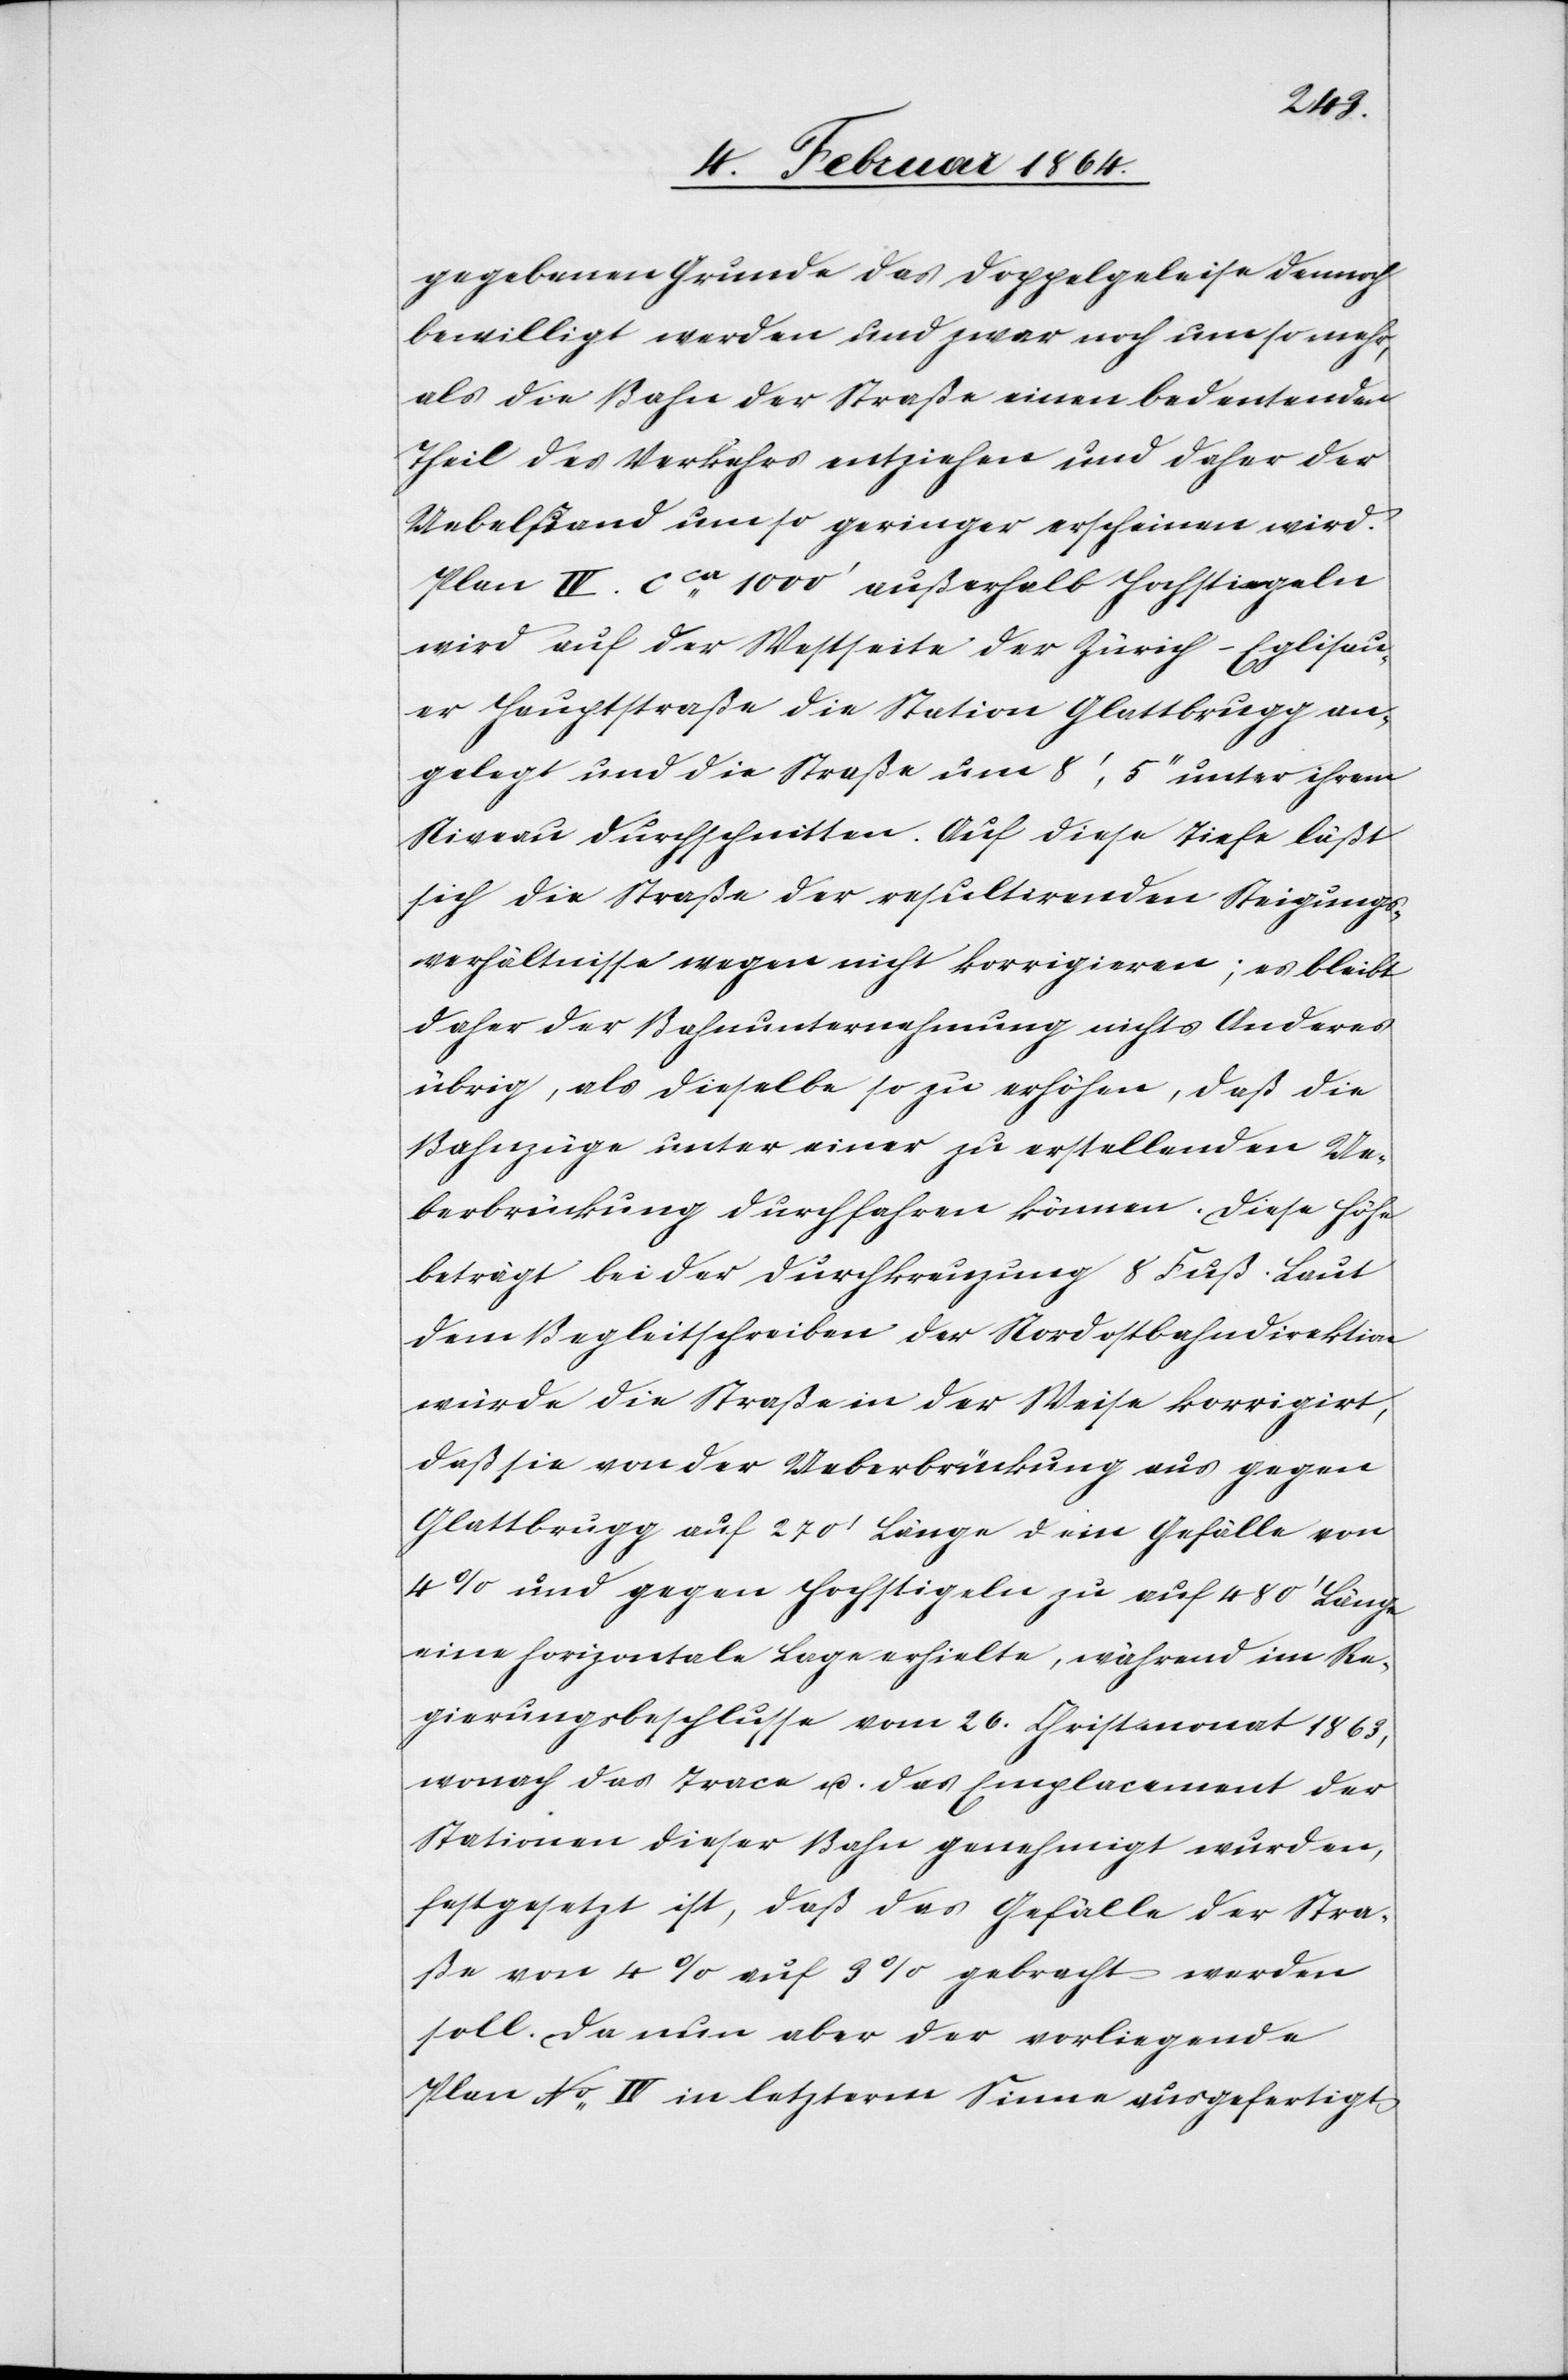
gegebenen Grunde das Doppelgeleise demnach
bewilligt werden und zwar noch umso mehr,
als die Bahn der Straße einen bedeutenden
Theil des Verkehrs entziehen und daher der
Uebelstand um so geringer erscheinen wird.
Plan IV. cca 1000’ außerhalb Hochstiegeln
wird auf der Westseite der Zürich-Eglisau¬
er Hangstraße die Station Glattbrugg an¬
gelegt und die Straße um 8’, 5’’ unter ihrem
Niveau durchschnitten. Auf diese Tiefe läßt
sich die Straße der resultirenden Steigungs¬
verhältnisse wegen nicht korrigieren; es bleibt
daher der Bahnunternehmung nichts Anderes
übrig, als dieselbe so zu erhöhen, daß die
Bahnzüge unter einer zu erstellenden Ue¬
berbrückung durchfahren können. Diese Höhe
beträgt bei der Durchkreuzung 8 Fuß. Laut
dem Begleitschreiben der Nordostbahndirektion
würde die Straße in der Weise korrigirt,
daß sie von der Ueberbrückung aus gegen
Glattbrugg auf 270’ Länge u. ein Gefälle von
4% und gegen Hochstigeln zu auf 480’ Länge
eine horizontale Lage erhielte, während im Re¬
gierungsbeschlusse vom 26. Christmonat 1863,
wonach das Trace u. das Emplacement der
Stationen dieser Bahn genehmigt wurden
festgesetzt ist, daß das Gefälle der Stra¬
ße von 4% auf 3% gebracht werden
soll. Da nun aber der vorliegende
Plan No IV in letzterm Sinne ausgefertigt